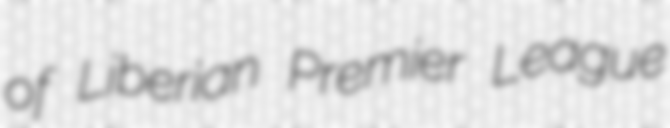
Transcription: of Liberian Premier League